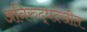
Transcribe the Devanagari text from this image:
अनिरुद्धदेखील